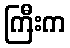
ကြီးက